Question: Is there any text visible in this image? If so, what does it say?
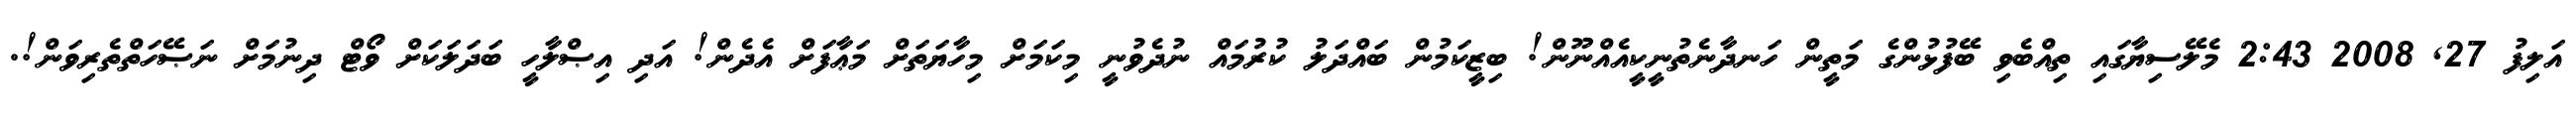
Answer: އަލިފު 27, 2008 2:43 މެލޭސިޔާގައި ތިއްބެވި ބޭފުޅުންގެ މަތީން ހަނދާނެތުނީކީއެއްނޫން! ބިޒީކަމުން ބައްދަލު ކުރުމައް ނުދެވުނީ މިކަމަށް މިހާޔަތަށް މަޢާފަށް އެދެން! އަދި އިޞްލާހީ ބަދަލަކަށް ވޯޓް ދިނުމަށް ނަޞޭހަތްތެރިވަން!.